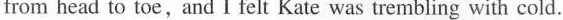
from head to toe,and I felt Kate was trembling with cold.